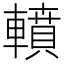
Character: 轒